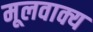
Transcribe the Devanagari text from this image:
मूलवाक्य